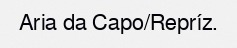
Aria da Capo/Repríz.